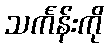
သင်္ကန်းကို